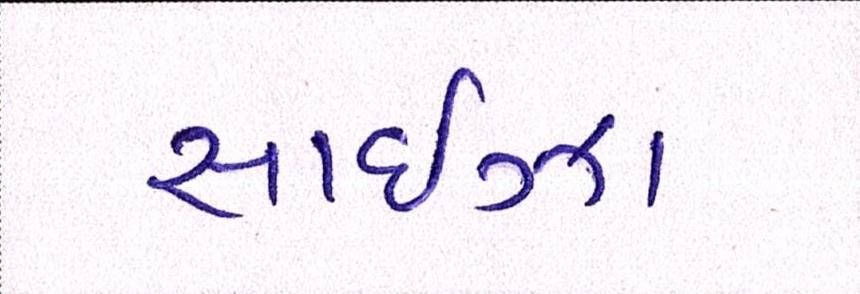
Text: સાઈઝા